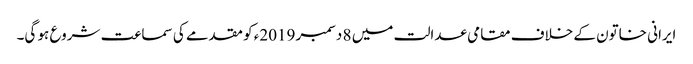
ایرانی خاتون کے خلاف مقامی عدالت میں 8 دسمبر 2019ء کو مقدمے کی سماعت شروع ہو گی۔